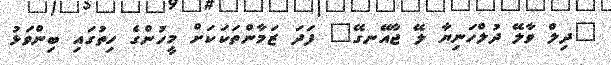
"ދިލް ވާލޭ ދުލްހަނިޔާ ލޭ ޖާއޭނގޭ" ފަދަ ޒަމާންތަކަކަށް މީހުންގެ ހިތުގައި ބިންވަޅު